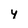
Character: Y